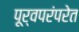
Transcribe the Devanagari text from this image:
पूर्वपरंपरेत